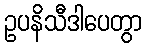
ဥပနိသီဒါပေတွာ